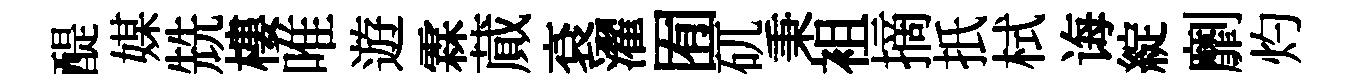
醍媒兟樓唯遊霖蕆袞濯囿矹秉袓摘扺栻诲綻劘灼